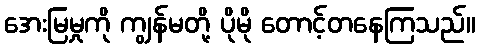
အေးမြမှုကို ကျွန်မတို့ ပိုမို တောင့်တနေကြသည်။